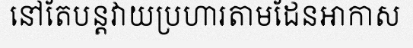
នៅតែបន្តវាយប្រហារតាមដែនអាកាស